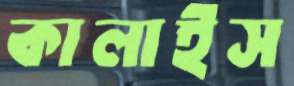
কালাইস